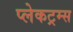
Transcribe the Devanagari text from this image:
प्लेकट्रम्स